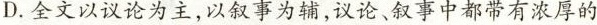
D.全文以议论为主，以叙事为辅，议论、叙事中都带有浓厚的